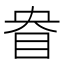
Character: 𰥘